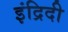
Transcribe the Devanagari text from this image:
इंद्रिदी